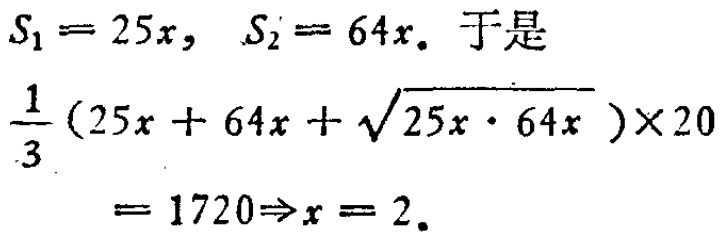
\(S_1 = 25x,\ S_2 = 64x.\ 于是\\

\frac{1}{3}(25x + 64x + \sqrt{25x\cdot 64x})\times 20\\

= 1720\Rightarrow x = 2.\)